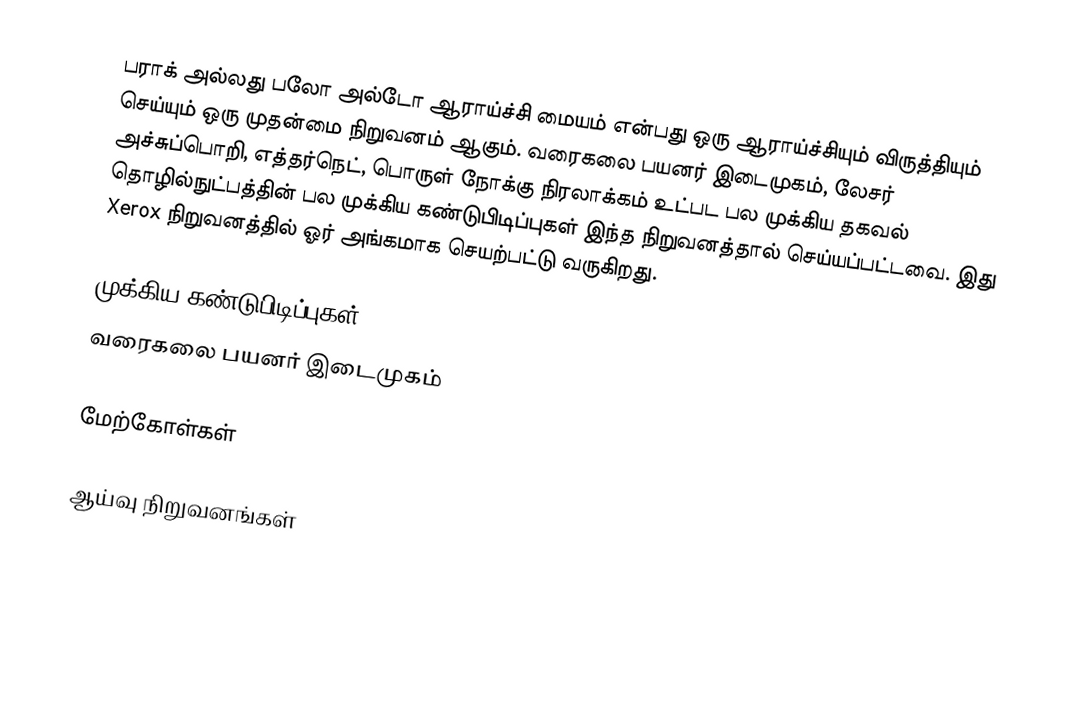
பராக் அல்லது பலோ அல்டோ ஆராய்ச்சி மையம் என்பது ஒரு ஆராய்ச்சியும் விருத்தியும் செய்யும் ஒரு முதன்மை நிறுவனம் ஆகும். வரைகலை பயனர் இடைமுகம், லேசர் அச்சுப்பொறி, எத்தர்நெட், பொருள் நோக்கு நிரலாக்கம் உட்பட பல முக்கிய தகவல் தொழில்நுட்பத்தின் பல முக்கிய கண்டுபிடிப்புகள் இந்த நிறுவனத்தால் செய்யப்பட்டவை. இது Xerox நிறுவனத்தில் ஓர் அங்கமாக செயற்பட்டு வருகிறது.

முக்கிய கண்டுபிடிப்புகள்
 வரைகலை பயனர் இடைமுகம்

மேற்கோள்கள்

ஆய்வு நிறுவனங்கள்